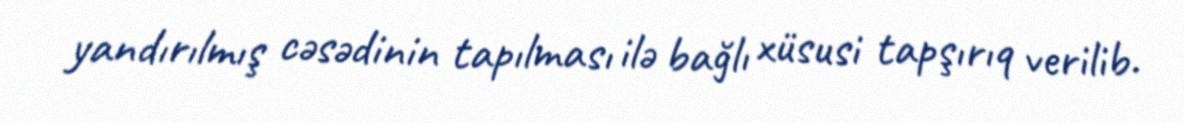
yandırılmış cəsədinin tapılması ilə bağlı xüsusi tapşırıq verilib.